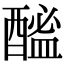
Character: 䤉